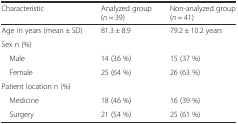
<table><thead><tr><td><b>Characteristic</b></td><td><b>Analyzed group (<i>n</i> = 39)</b></td><td><b>Non-analyzed group (<i>n</i> = 41)</b></td></tr></thead><tbody><tr><td>Age in years (mean ± SD)</td><td>81.3 ± 8.9</td><td>79.2 ± 10.2 years</td></tr><tr><td colspan="3">Sex n (%)</td></tr><tr><td> Male</td><td>14 (36 %)</td><td>15 (37 %)</td></tr><tr><td> Female</td><td>25 (64 %)</td><td>26 (63 %)</td></tr><tr><td colspan="3">Patient location n (%)</td></tr><tr><td> Medicine</td><td>18 (46 %)</td><td>16 (39 %)</td></tr><tr><td> Surgery</td><td>21 (54 %)</td><td>25 (61 %)</td></tr></tbody></table>